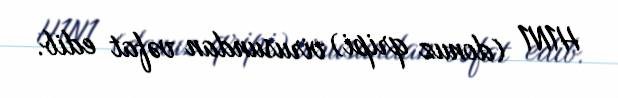
H1N1 (donuz qripi) virusundan vəfat edib.